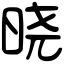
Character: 晓